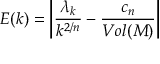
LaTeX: E ( k ) = \left| \frac { \lambda _ { k } } { k ^ { 2 / n } } - \frac { c _ { n } } { V o l ( { \cal M } ) } \right|